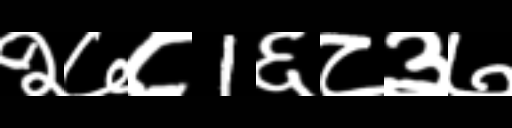
Text: २७८1६८३७